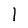
Character: I